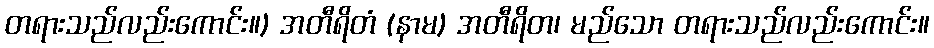
တရားသည်လည်းကောင်း။) အတီရိတံ (နာမ) အတီရိတ၊ မည်သော တရားသည်လည်းကောင်း။